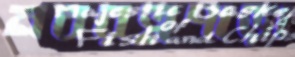
নবরত্নপাড়া